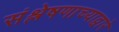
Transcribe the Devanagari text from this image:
संश्लेषणाच्याद्वारे